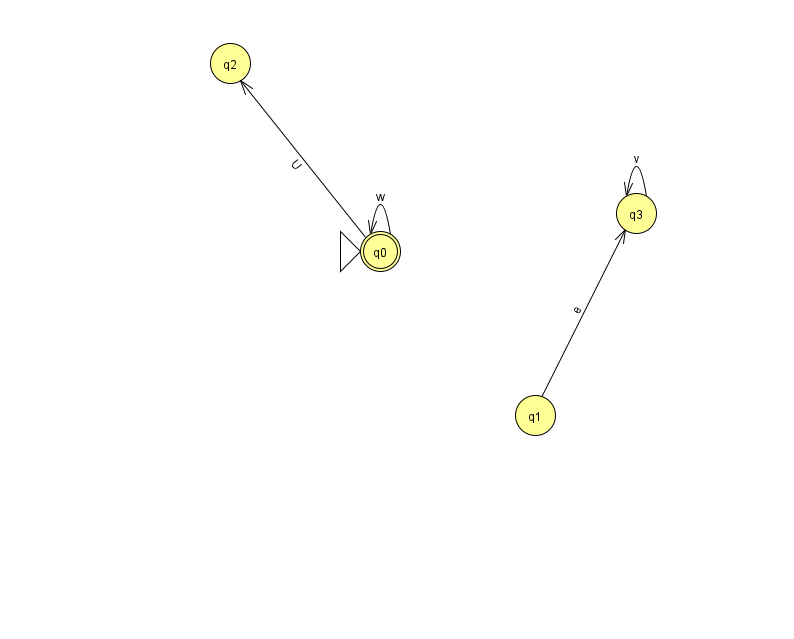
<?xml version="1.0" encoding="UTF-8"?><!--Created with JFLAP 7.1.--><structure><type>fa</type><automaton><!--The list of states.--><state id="0" name="q0"><x>380.0</x><y>238.0</y><initial/><final/></state><state id="1" name="q1"><x>535.0</x><y>402.0</y></state><state id="2" name="q2"><x>230.0</x><y>50.0</y></state><state id="3" name="q3"><x>636.0</x><y>200.0</y></state><!--The list of transitions.--><transition><from>1</from><to>3</to><read>e</read></transition><transition><from>3</from><to>3</to><read>v</read></transition><transition><from>0</from><to>0</to><read>w</read></transition><transition><from>0</from><to>2</to><read>U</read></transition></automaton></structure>